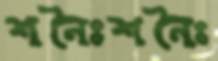
শনৈঃশনৈঃ